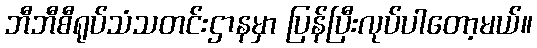
ဘီဘီစီရုပ်သံသတင်းဌာနမှာ ပြန်ပြီးလုပ်ပါတော့မယ်။